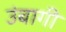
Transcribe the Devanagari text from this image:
उंबागी